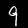
Digit: 9